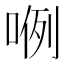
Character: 𭈖